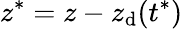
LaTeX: z^{*}=z-z_{\mathrm{d}}(t^{*})